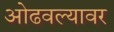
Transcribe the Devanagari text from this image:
ओढवल्यावर